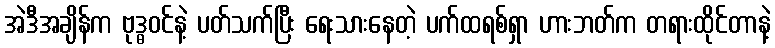
အဲဒီအချိန်က ဗုဒ္ဓဝင်နဲ့ ပတ်သက်ပြီး ရေးသားနေတဲ့ ပက်ထရစ်ရှာ ဟားဘတ်က တရားထိုင်တာနဲ့